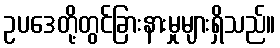
ဥပဒေတို့တွင်ခြားနားမှုများရှိသည်။